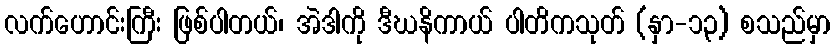
လက်ဟောင်းကြီး ဖြစ်ပါတယ်၊ အဲဒါကို ဒီဃနိကာယ် ပါတိကသုတ် (နှာ-၁၃) စသည်မှာ